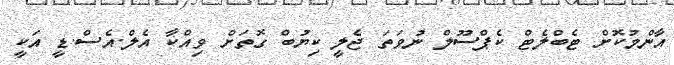
އާންމުކޮށް ޓެބްލެޓް ކެޕްސޫލް ނުވަތަ ޖެލީ ކިޔުބް ގޮތަށް ވިއްކާ އެލް.އެސް.ޑީ އަކީ